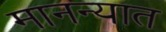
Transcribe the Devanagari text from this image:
मानन्यात